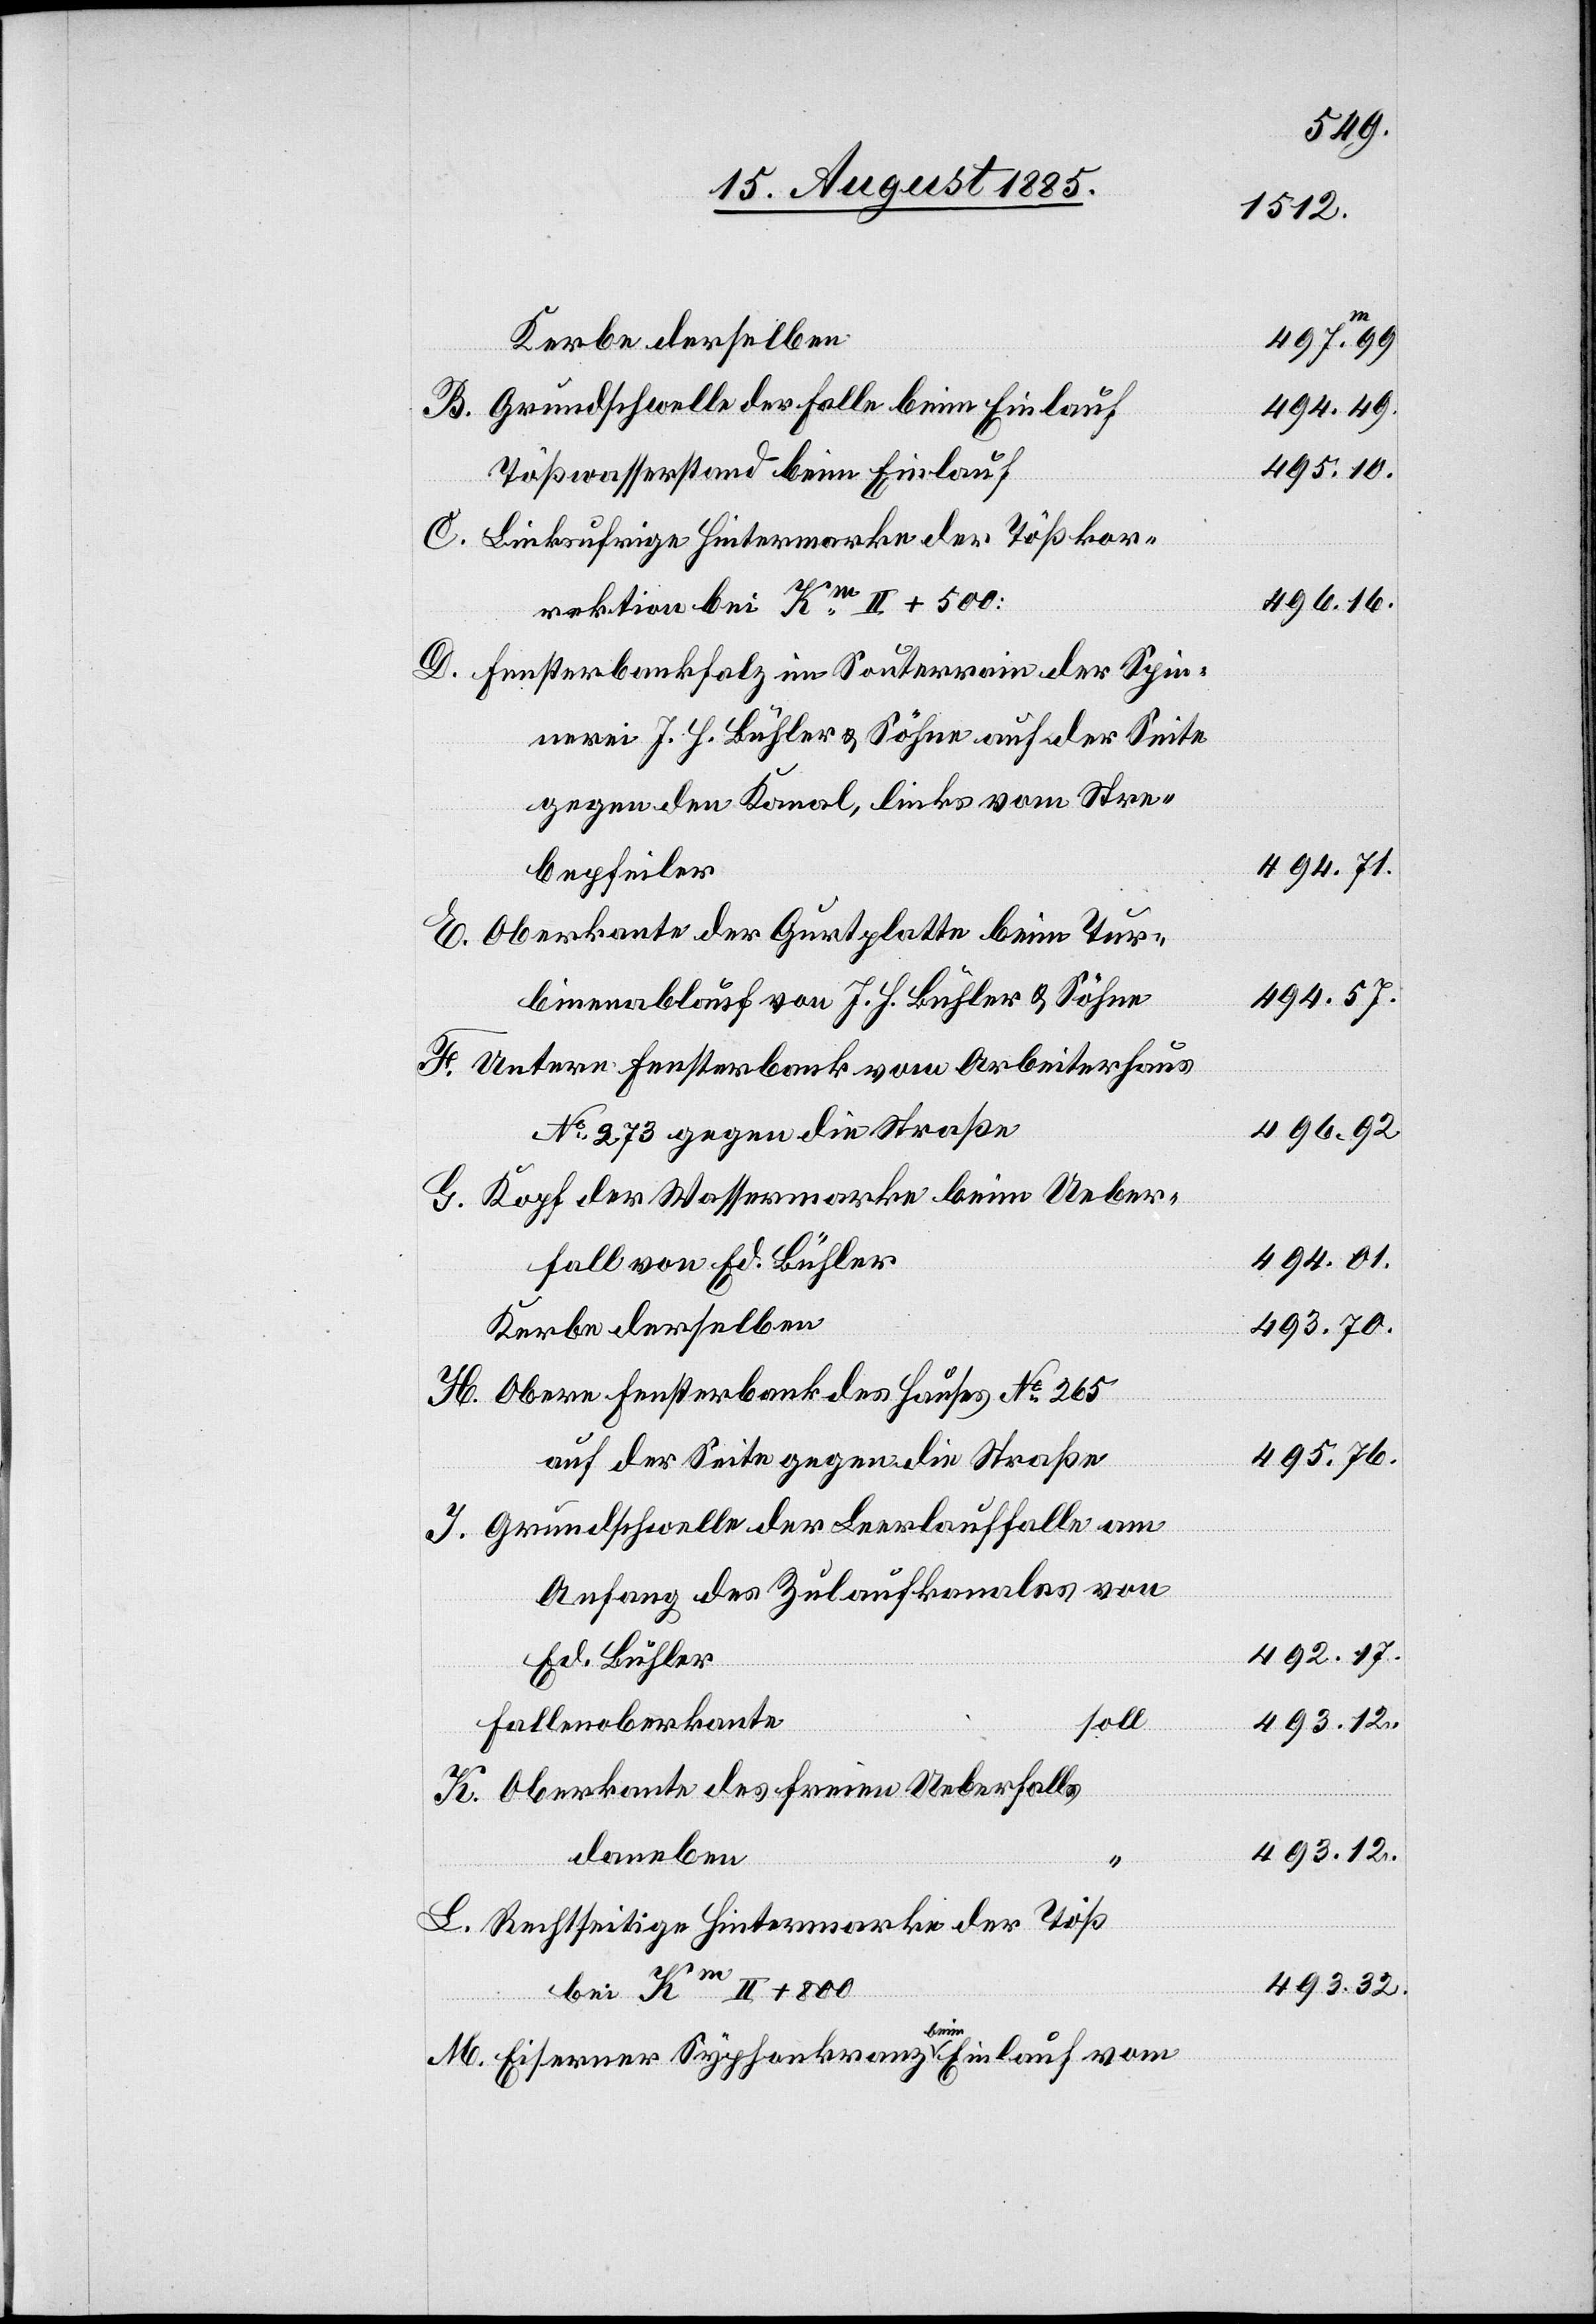
Grundschwelle der Falle beim Einlauf
Tößwasserstand beim Einlauf
Linksufrige Hintermarke der Tößkor¬
rektion bei Km II + 500:
Fensterbankfalz im Souterrain der Spin¬
nerei J. H. Bühler & Söhne auf der Seite
gegen den Kanal, links vom Stre¬
bepfeiler
Oberkante der Gurtplatte beim Tur¬
binenablauf von J. H. Bühler & Söhne
Untere Fensterbank vom Arbeiterhaus
No 273 gegen die Straße
Kopf der Wassermarke beim Ueber¬
fall von Ed. Bühler
Kerbe derselben
Obere Fensterbank des Hauses No 265
auf der Seite gegen die Straße
Grundschwelle der Leerlauffalle am
Anfang des Zulaufkanales von
Ed. Bühler
Fallenoberkante
soll
Oberkante des freien Ueberfalls
daneben
Rechtseitige Hintermarke der Töß
bei Km II + 800
Eiserner Syphonkranz beim Einlauf vom

494.49.
495.10.
496.16.
494.57.
496.92.
494.01.
493.70.
495.76.
492.17.
493.12.
493.32.